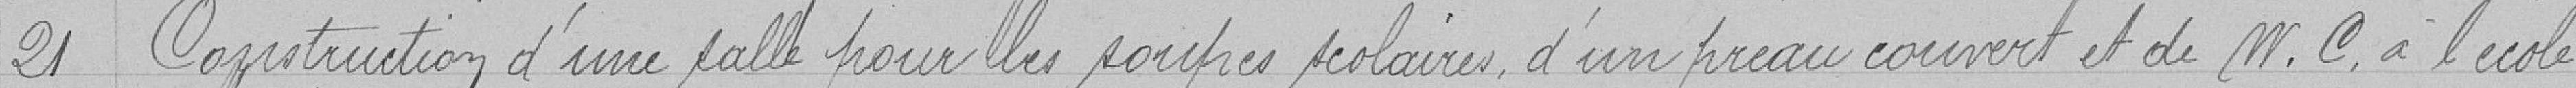
21 Construction d'une salle pour les soupes scolaires, d'un préau couvert et de WC à l'école